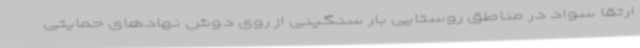
ارتقا سواد در مناطق روستایی بار سنگینی از روی دوش نهادهای حمایتی